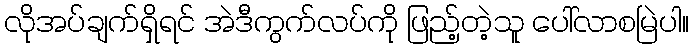
လိုအပ်ချက်ရှိရင် အဲဒီကွက်လပ်ကို ဖြည့်တဲ့သူ ပေါ်လာစမြဲပါ။